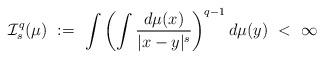
LaTeX: \begin{align*}\mathcal{I}_s^q(\mu) \ := \ \int\left(\int \frac{d\mu(x)}{\lvert x-y \rvert^s}\right)^{q-1}d\mu(y) \ < \ \infty\end{align*}